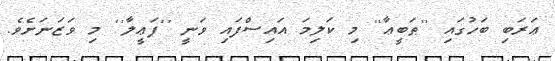
ޢަރަބި ބަހުގައި ''ޠަބީޢާ'' މި ކަލިމަ އައިސްފައި ވަނީ ''ފަޢީލާ'' މި ވަޒަނަށެވެ.